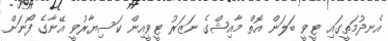
އެނދުމަތީގައި ޓީވީ ބަލަން އޮތް މާއިޝްގެ ނަޒަރު ޓީވީއިން ކަސިޔާރުވީ އޭނާގެ ފޯނަށް